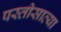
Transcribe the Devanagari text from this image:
पस्तीसाव्या